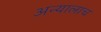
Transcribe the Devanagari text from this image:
अन्यालाच